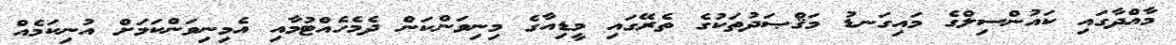
މާއްދާގައި ކައުންސިލްގެ މައިގަނޑު މަޤްޞަދުތަކުގެ ތެރޭގައި މީޑިއާގެ މިނިވަންކަން ދެމެހެއްޓުމާއި އެމިނިވަންކަމަށް އުނިކަމެއް